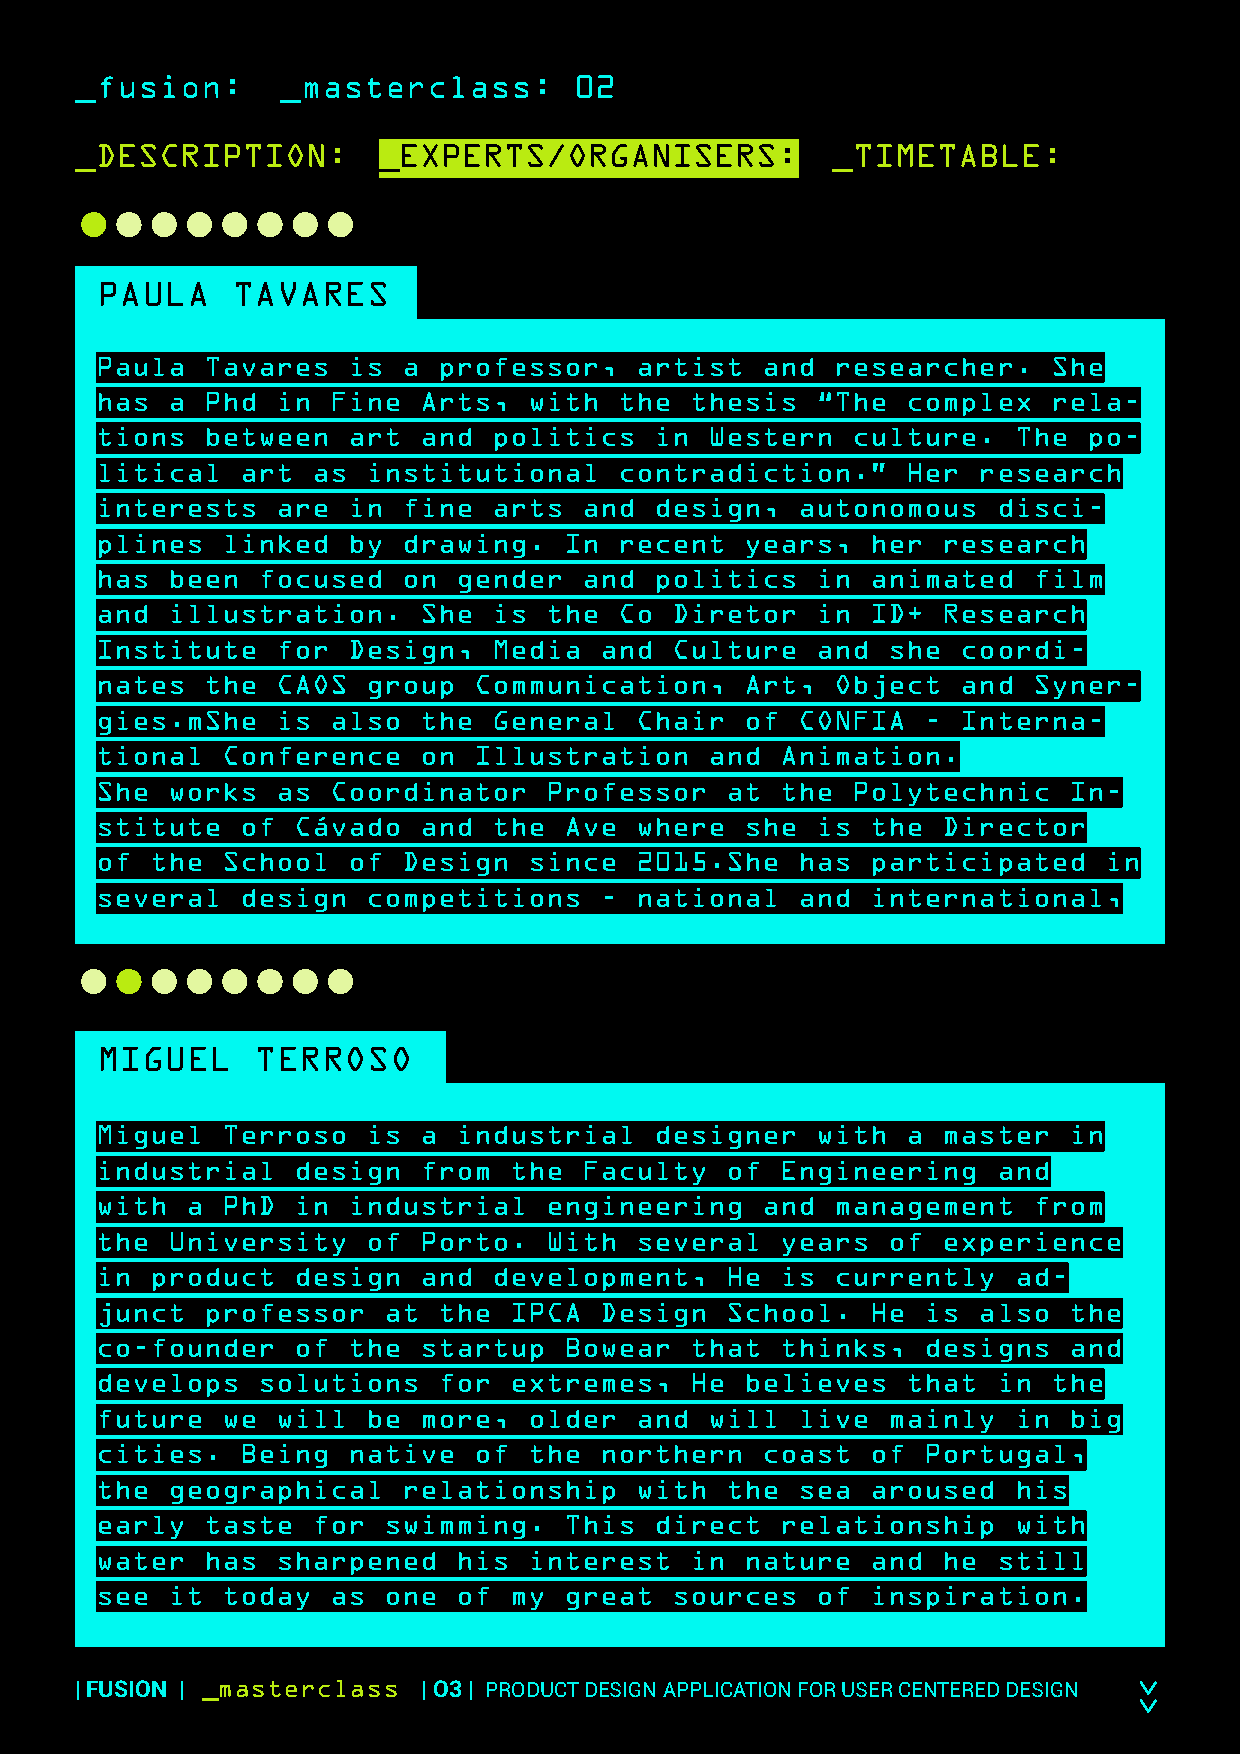
_fusion:      _masterclass:      02
 _DESCRIPTION:       _EXPERTS/ORGANISERS:          _TIMETABLE:
 ●●●●●●●●
 PAULA    TAVARES
 Paula  Tavares   is  a professor,   artist  and  researcher.    She
 has  a Phd  in  Fine  Arts,  with  the  thesis  “The  complex   rela-
 tions  between   art  and  politics  in  Western  culture.   The  po-
 litical   art  as institutional    contradiction.”    Her  research
 interests   are  in  fine  arts  and design,   autonomous   disci-
 plines   linked  by  drawing.  In  recent  years,   her research
 has  been  focused   on gender   and politics   in  animated  film
 and  illustration.    She  is the  Co Diretor   in  ID+ Research
 Institute   for  Design,   Media  and Culture   and  she  coordi-
 nates  the  CAOS  group  Communication,    Art,  Object   and Syner-
 gies.mShe   is  also  the  General  Chair  of  CONFIA  -  Interna-
 tional   Conference   on Illustration    and  Animation.
 She  works  as  Coordinator   Professor   at  the Polytechnic    In-
 stitute   of Cávado   and  the Ave  where  she  is  the Director
 of  the  School  of  Design  since  2015.She   has  participated   in
 several   design  competitions    - national   and  international,
 ●●●●●●●●
 MIGUEL     TERROSO
 Miguel   Terroso  is  a industrial   designer   with  a master   in
 industrial   design   from  the  Faculty  of  Engineering   and
 with  a  PhD in  industrial   engineering   and  management   from
 the  University   of  Porto.  With  several   years  of experience
 in  product  design   and  development,   He  is currently   ad-
 junct  professor   at  the  IPCA  Design  School.   He is  also  the
 co-founder   of  the  startup  Bowear   that  thinks,  designs   and
 develops   solutions   for  extremes,   He believes   that  in  the
 future   we will  be  more,  older  and  will  live  mainly  in  big
 cities.   Being  native  of  the  northern  coast   of Portugal,
 the  geographical    relationship   with  the  sea  aroused  his
 early  taste   for swimming.   This  direct   relationship   with
 water  has  sharpened   his  interest   in nature   and he  still
 see  it  today  as one  of  my great  sources   of  inspiration.
 | FUSION | _masterclass | O3 | PRODUCT DESIGN APPLICATION FOR USER CENTERED DESIGN >>